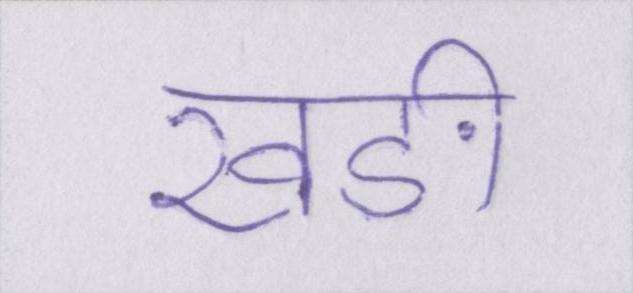
खङी